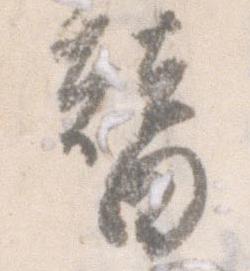
替